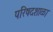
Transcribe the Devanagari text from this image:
परिषदशाळा